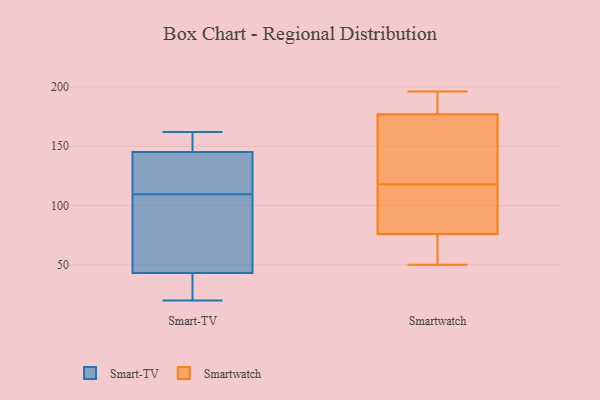
{"axis": {"x": "Customer Acquisition Cost (USD)", "y": "Value"}, "legend": ["Smart-TV", "Smartwatch"], "data": [{"x": "", "y": 124, "type": "Smart-TV"}, {"x": "", "y": 38, "type": "Smart-TV"}, {"x": "", "y": 70, "type": "Smart-TV"}, {"x": "", "y": 38, "type": "Smart-TV"}, {"x": "", "y": 119, "type": "Smart-TV"}, {"x": "", "y": 53, "type": "Smart-TV"}, {"x": "", "y": 92, "type": "Smart-TV"}, {"x": "", "y": 158, "type": "Smart-TV"}, {"x": "", "y": 145, "type": "Smart-TV"}, {"x": "", "y": 162, "type": "Smart-TV"}, {"x": "", "y": 43, "type": "Smart-TV"}, {"x": "", "y": 161, "type": "Smart-TV"}, {"x": "", "y": 35, "type": "Smart-TV"}, {"x": "", "y": 20, "type": "Smart-TV"}, {"x": "", "y": 124, "type": "Smart-TV"}, {"x": "", "y": 155, "type": "Smart-TV"}, {"x": "", "y": 100, "type": "Smart-TV"}, {"x": "", "y": 129, "type": "Smart-TV"}, {"x": "", "y": 113, "type": "Smartwatch"}, {"x": "", "y": 119, "type": "Smartwatch"}, {"x": "", "y": 118, "type": "Smartwatch"}, {"x": "", "y": 56, "type": "Smartwatch"}, {"x": "", "y": 196, "type": "Smartwatch"}, {"x": "", "y": 174, "type": "Smartwatch"}, {"x": "", "y": 76, "type": "Smartwatch"}, {"x": "", "y": 186, "type": "Smartwatch"}, {"x": "", "y": 50, "type": "Smartwatch"}, {"x": "", "y": 76, "type": "Smartwatch"}, {"x": "", "y": 191, "type": "Smartwatch"}, {"x": "", "y": 109, "type": "Smartwatch"}, {"x": "", "y": 154, "type": "Smartwatch"}]}